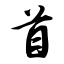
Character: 首